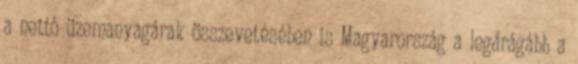
a nettó üzemanyagárak összevetésében is Magyarország a legdrágább a